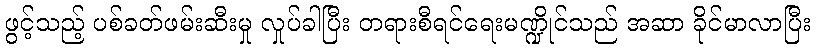
ဖွင့်သည့် ပစ်ခတ်ဖမ်းဆီးမှု လှုပ်ခါပြီး တရားစီရင်ရေးမဏ္ဍိုင်သည် အဆာ ခိုင်မာလာပြီး